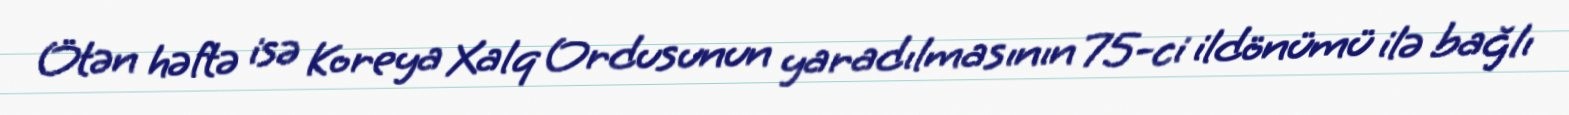
Ötən həftə isə Koreya Xalq Ordusunun yaradılmasının 75-ci ildönümü ilə bağlı